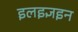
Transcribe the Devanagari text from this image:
इलइज्ञइन